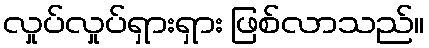
လှုပ်လှုပ်ရှားရှား ဖြစ်လာသည်။